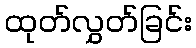
ထုတ်လွှတ်ခြင်း